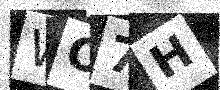
Text: WO7H